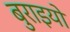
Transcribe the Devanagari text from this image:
बुराइयो